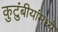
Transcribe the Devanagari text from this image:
कुटुंबीयांमध्ये